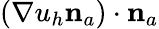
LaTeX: (\nabla u_{h}{\mathbf n}_{a})\cdot{\mathbf n}_{a}